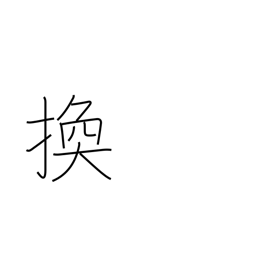
Meaning: interchange